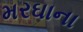
મરઘાના